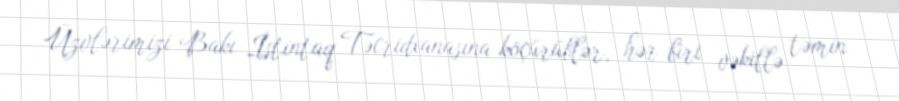
Üzvlərimizi Bakı İstintaq Təcridxanasına köçürüblər, hər biri vəkillə təmin